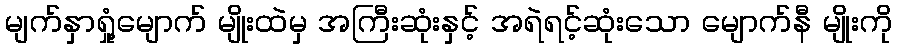
မျက်နှာရှုံ့မျောက် မျိုးထဲမှ အကြီးဆုံးနှင့် အရဲရင့်ဆုံးသော မျောက်နီ မျိုးကို